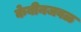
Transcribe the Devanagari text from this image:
केबीनजवळ